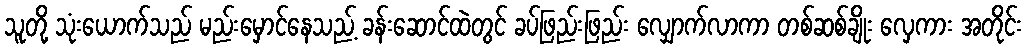
သူတို့ သုံးယောက်သည် မည်းမှောင်နေသည့် ခန်းဆောင်ထဲတွင် ခပ်ဖြည်းဖြည်း လျှောက်လာကာ တစ်ဆစ်ချိုး လှေကား အတိုင်း